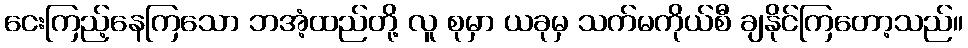
ငေးကြည့်နေကြသော ဘအံ့ထည်တို့ လူ စုမှာ ယခုမှ သက်မကိုယ်စီ ချနိုင်ကြတော့သည်။